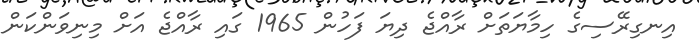
އިނގިރޭސިގެ ހިމާޔަތަށް ރާއްޖެ ދިޔަ ފަހުން 1965 ގައި ރާއްޖެ އަށް މިނިވަންކަން